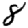
Digit: 8